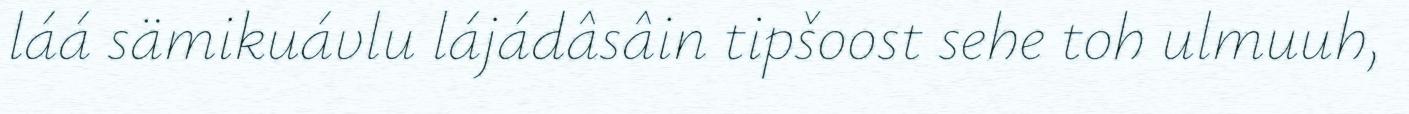
láá sämikuávlu lájádâsâin tipšoost sehe toh ulmuuh,